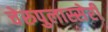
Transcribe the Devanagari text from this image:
चेरुपुलास्सेरी